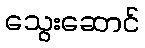
သွေးဆောင်